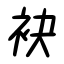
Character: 袂